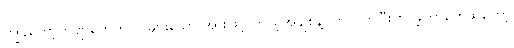
ကျွန်တော့်ကဗျာတွေကလဲ များသော အားဖြင့် ကိုယ့်အချစ်နဲ့ပတ်သက်ပြီး စပ်ခဲ့တာတွေဆိုတော့